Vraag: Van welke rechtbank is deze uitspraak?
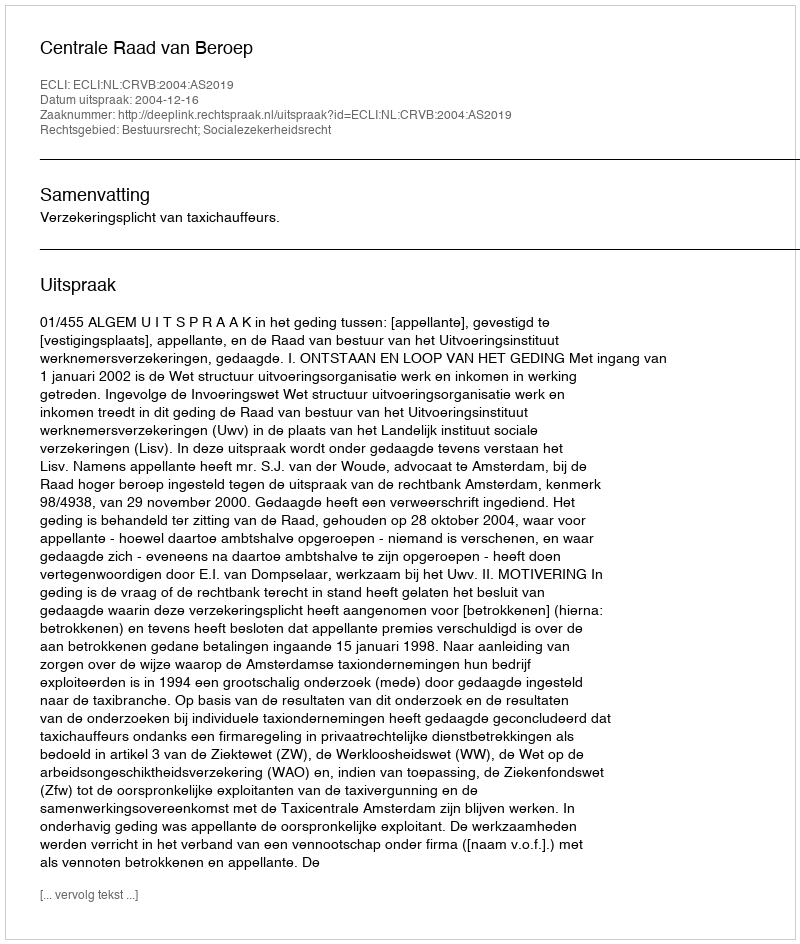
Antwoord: Centrale Raad van Beroep